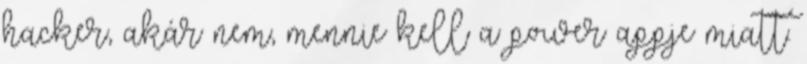
hacker, akár nem, mennie kell a power appje miatt.